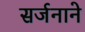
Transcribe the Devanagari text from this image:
सर्जनाने